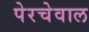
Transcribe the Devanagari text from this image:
पेरचेवाल